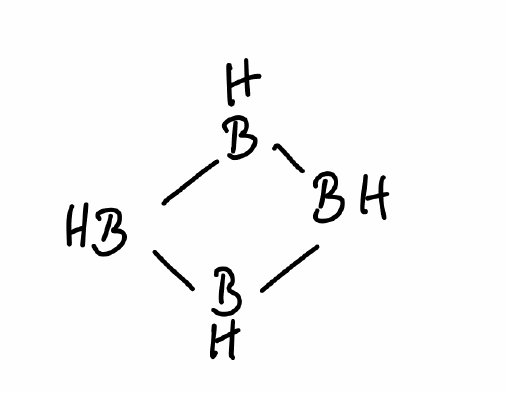
Simplified molecular-input line-entry system (SMILES) notation of the given molecule:
B1BBB1